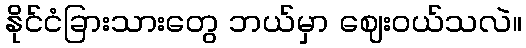
နိုင်ငံခြားသားတွေ ဘယ်မှာ ဈေးဝယ်သလဲ။